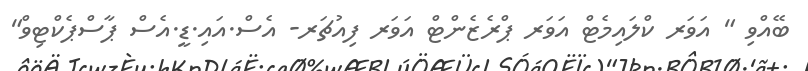
ބޭއްވި " އަވަރ ކްލައިމެޓް އަވަރ ޕްރެޒެންޓް އަވަރ ފިއުޗަރ- އެސް.އައި.ޑީ.އެސް ޕާސްޕެކްޓިވް"